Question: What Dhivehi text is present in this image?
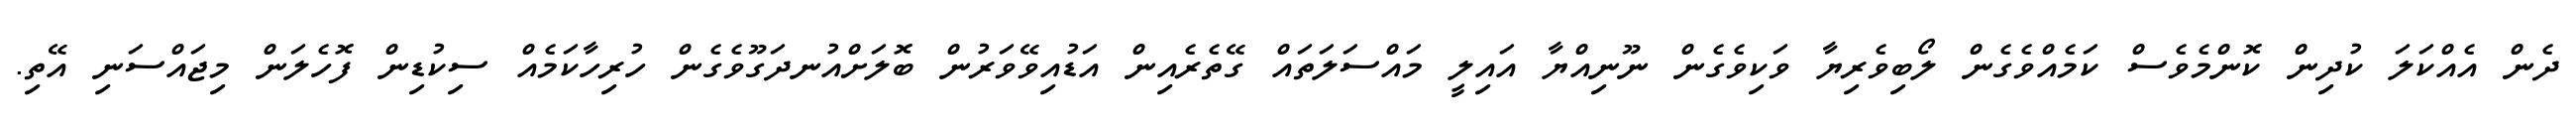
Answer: ދެން އެއްކަލަ ކުދިން ކޮންމެވެސް ކަމެއްވެގެން ލޯބިވެރިޔާ ވަކިވެގެން ނޫނިއްޔާ އައިލީ މައްސަލަތައް ގޭތެރެއިން އަޑުއިވޭވަރުން ބޮލަށްއުނދަގޫވެގެން ހުރިހާކަމެއް ސިކުޑިން ފޮހެލަން މިޖައްސަނި އޭތި.